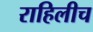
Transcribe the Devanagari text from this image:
राहिलीच